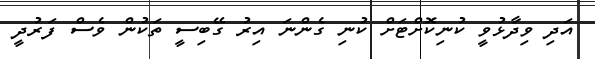
އަދި ވިދާޅުވީ ކުނިކޮށްޓަށް ކުނި ގެންނަ އިރު ގޭބިސީ ތަކުން ވެސް ފަރުދީ